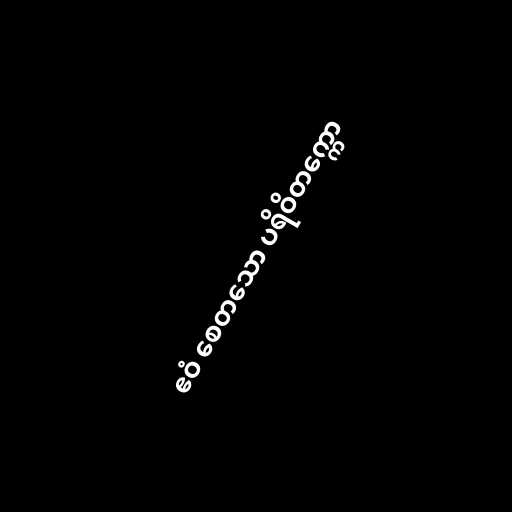
ဧဝံ စေတသော ပရိဝိတက္ကော